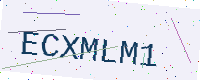
Text: ECXMLM1